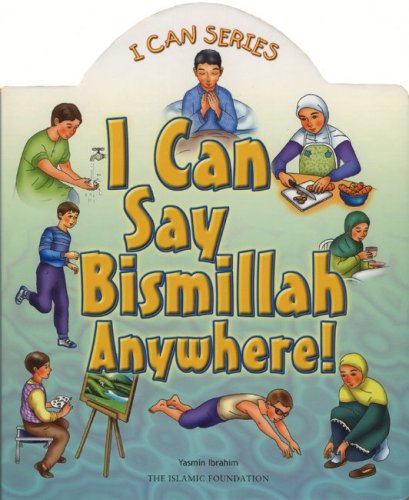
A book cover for I Can Say Bismillah Anywhere!; Yasmin Ibrahim; Children's Books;